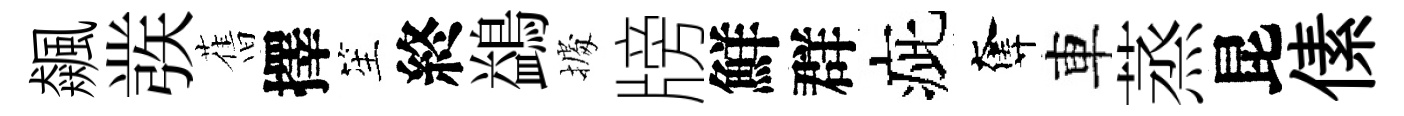
飆彂𦾔擇笙終鷁𢴃牓鮮群疵奪車蒸昆傃